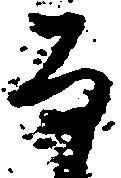
な